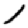
Digit: 1